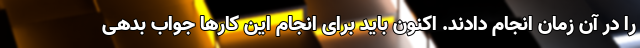
را در آن زمان انجام دادند. اکنون باید برای انجام این کار‌ها جواب بدهی